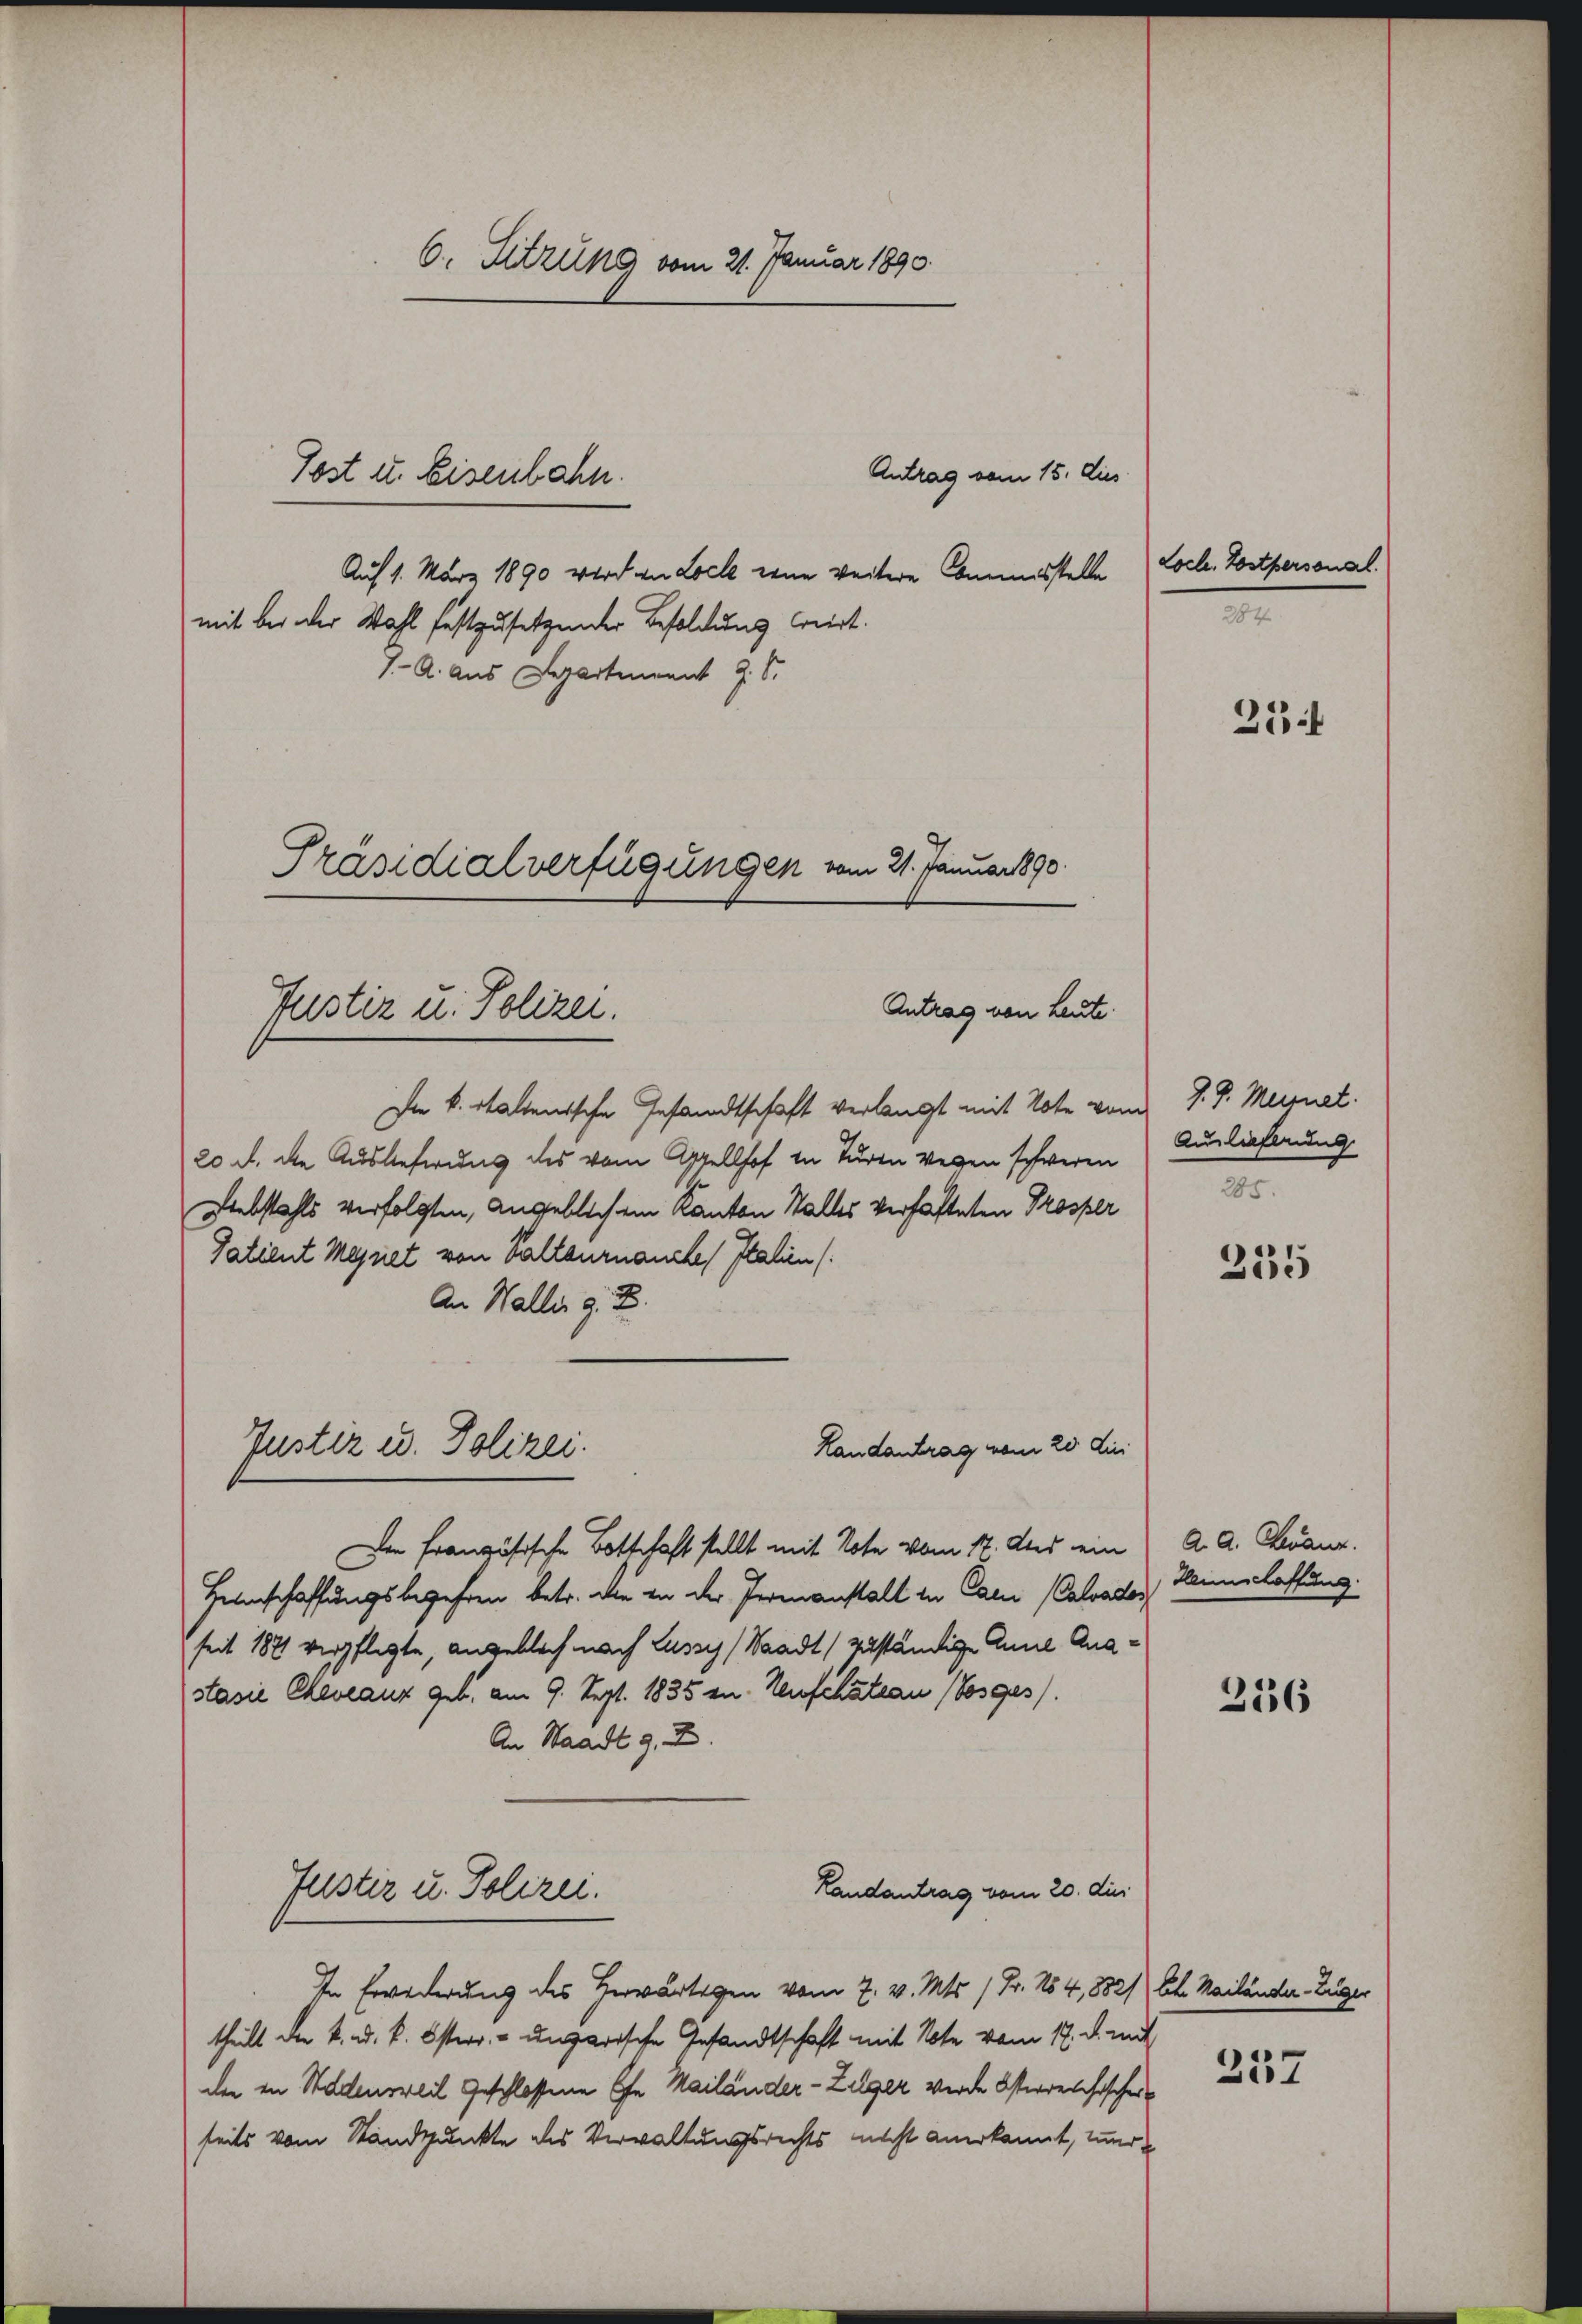
Auf 1. März 1890 wird an Loche eine weitere Commisstelle
mit bei der Wahl festzusetzender Besoldung weirt.
I. A. Aus Departement J. S.
Präsidialverfügungen vom 21. Januar 1890.

6. Sitzung vom 21. Januar 1890.
Antrag vom 15. Dies
Post u. Eisenbahn.

Antrag von heute.
Justiz u. Polizei.

Justiz u. Polizei.
Landantrag vom 20. Lei

Loch, Postpersonal.
m

In k. otalienische Gesandtschaft verlangt mit Note von J. P. Meignet.
20 f. die Auslieferung des vom Appellhof in Turen wegen schweren
Liebstahls verfolgten, angeblich ein Kanton Walles verhafteten Prosper
Patient Meynet von Valtournauches Italien (
An Waller z. B.
Der Französische Botschaft stellt mit Note vom 17. Als ein A. A. Kanz.
Heimschaffungsbegehren betr. die in der Perenanstalt in Car (Calvades Hauslastung.
seit 1871 verpflegte angeblich nach Lussy (Waadt, zuständige Anne Ausstasie Chevaux geb. am 9. Sept. 1835 zu. Neuschateau (Vosges.
An Staadt g. Z.
Landantrag vom 20. dur
Justiz u. Polizei.
In Erwiderung des Herwärtigen vom 7. v. Mts. 1 Fr. No 4,8821) Ehe. Mailände. Zuger
theilt der k. ad. k. Österr. - ungarische Gesandtschaft mit Note vom 17. d. mit
der in Staldensweil geschlossene Ehe Mailänder - Zelger werde Osterreichischei
seits vom Standpunkte des Verwaltungsrechts nicht anerkannt, ir

27

Auslichtung
285.

255

256

237